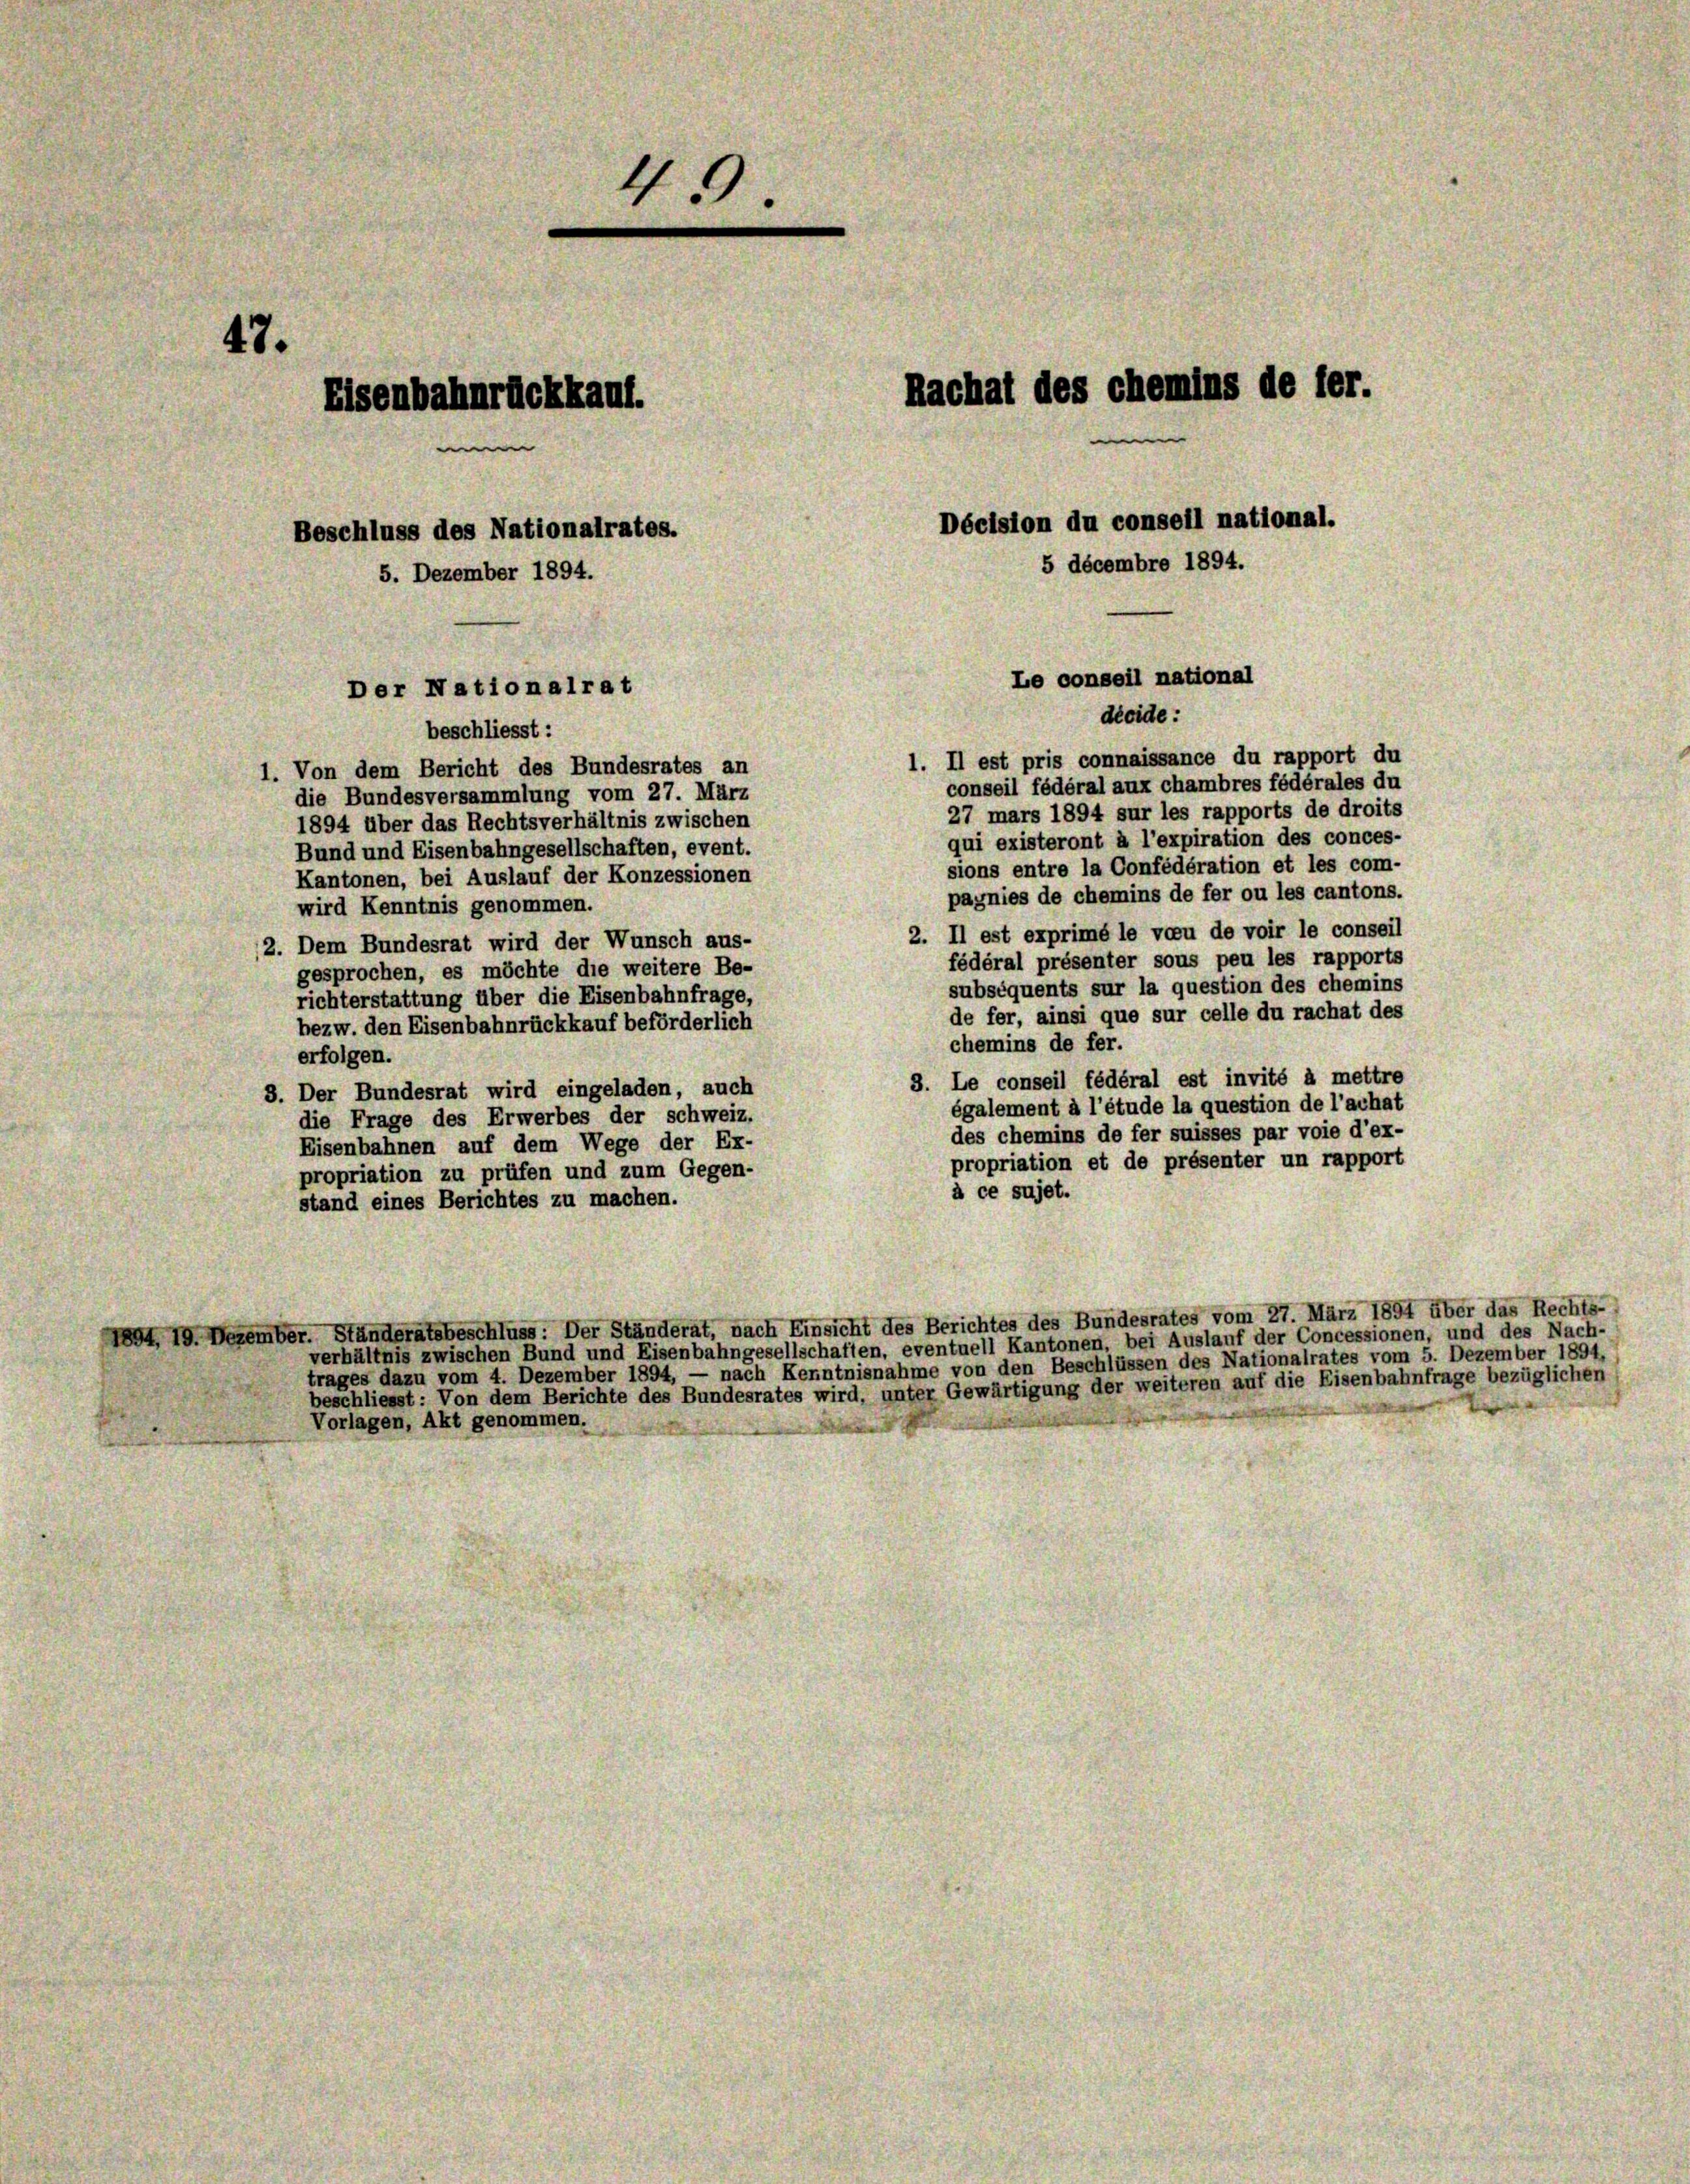
beschliesst:
1. Il est pris connaissance du rapport du
1. Von dem Bericht des Bundesrates an
conseil fédéral aux chambres fédérales du
die Bundesversammlung vom 27. März
27 mars 1894 sur les rapports de droits
1894 über das Rechtsverhältnis zwischen
qui existeront à l’expiration des conces-
Bund und Eisenbahngesellschaften, event.
sions entre la Confédération et les com-
Kantonen, bei Auslauf der Konzessionen
pagnies de chemins de fer ou les cantons.
wird Kenntnis genommen.
2. Il est exprimé le voeu de voir le conseil
12. Dem Bundesrat wird der Wunsch aus-
fédéral présenter sous peu les rapports
gesprochen, es möchte die weitere Be-
subséquents sur la question des chemins
richterstattung über die Eisenbahnfrage,
de fer, ainsi que sur celle du rachat des
bezw. den Eisenbahnrückkauf beförderlich
chemins de fer.
erfolgen.
3. Le conseil fédéral est invité à mettre
3. Der Bundesrat wird eingeladen, auch
également à l’étude la question de l’achat
die Frage des Erwerbes der Schweiz.
des chemins de fer suisses par voie d’ex-
Eisenbahnen auf dem Wege der Ex-
propriation et de présenter un rapport
propriation zu prüfen und zum Gegen-
à ce sujet.
stand eines Berichtes zu machen.

1604, 10. Dezember. Ständeratsbeschluss: Der Ständerat, nach Einsicht des Berichtes des Bundesrates vom 27. März 1891 über das Rechts-
verhältnis zwischen Bund und Eisenbahngesellschaften, eventuell Kantonen, bei Auslauf der Concessionen, und des Nach-
trages dazu vom 4. Dezember 1894, — nach Kenntnisnahme von den Beschlüssen des Nationalrates vom 5. Dezember 1894,
beschliesst: Von dem Berichte des Bundesrates wird, unter Gewärtigung der weiteren auf die Eisenbahnfrage bezüglichen
Vorlagen, Akt genommen.

4.
47.
Rachal des chemins de ler.
Eisenbahnrückkauf.
Décision du conseil national.
Beschluss des Nationalrates.
5 décembre 1894.
5. Dezember 1894.

Der Nationalrat

Le conseil national

décide: